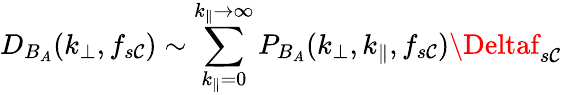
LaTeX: D_{B_{A}}(k_{\perp},f_{s\mathcal{C}})\sim\sum_{k_{\parallel}=0}^{k_{\parallel}\rightarrow\infty}P_{B_{A}}(k_{\perp},k_{\parallel},f_{s\mathcal{C}})\Deltaf_{s\mathcal{C}}